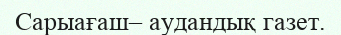
Сарыағаш– аудандық газет.